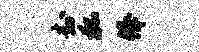
封狐俸